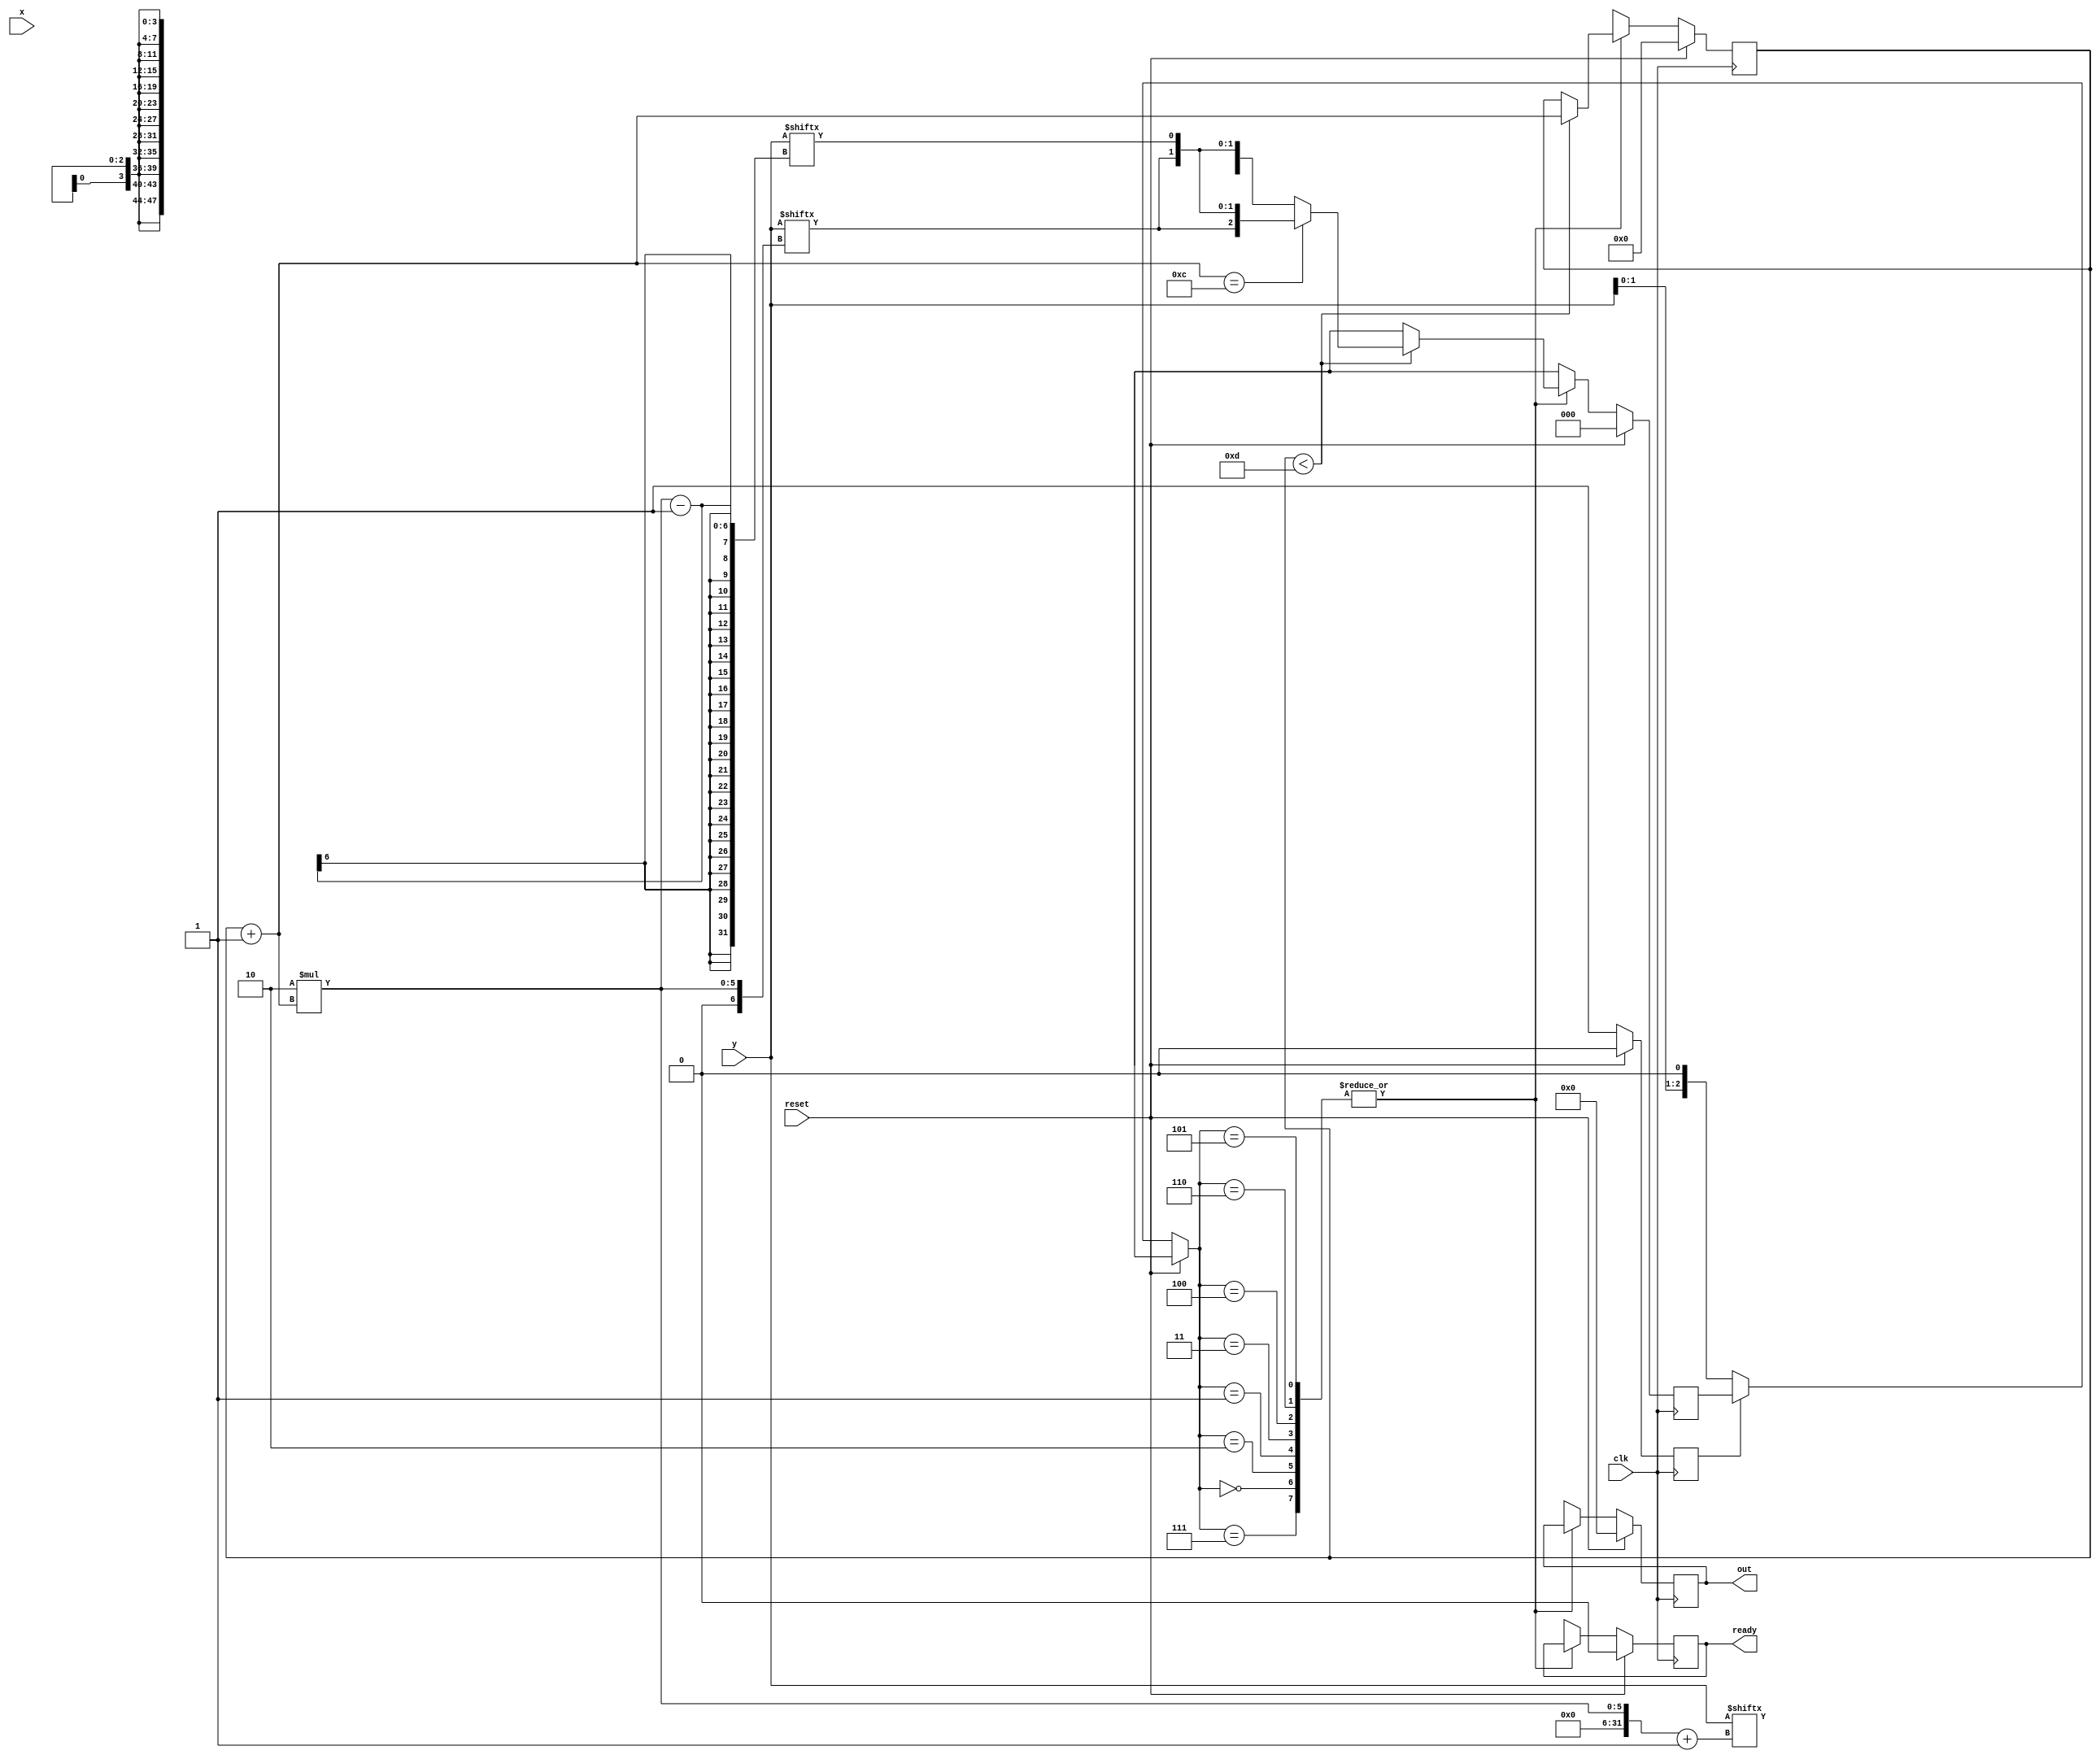
//Booth Multiplier 16-bit
module multiplier24X24 (
input clk,reset,
input  [24:0]x,y,
output reg [47:0] out,output reg ready
);
reg [2:0] c=0 ;

reg   [49:0] pp=0; //partial products
reg   [49:0] spp=0; //shifted partial products
reg   [49:0] prod=0;
reg [3:0] i=0,j=0;
reg flag=0, temp=0 ;
wire [24:0] inv_x ;
//assign x= (~x) +1'b1;
assign inv_x = (~x) +1'b1;
always@(posedge clk)
begin
if(reset)
        begin
          out=0; c=0; pp=0; flag=0; spp=0; i=0; j=0; prod=0; ready=0;
        end
else 
    begin
        if(!flag)
          begin
          c={y[1],y[0],1'b0};
         // y={y[6],y};
          end
          flag=1;
            case(c)
            ////////////////////////
            3'b000,3'b111: 
                    begin
                        if(i<13)
                        begin  i=i+1;
                        if(i==12)
                             c={y[2*i],y[2*i],y[2*i-1]};
                              else
                               c={y[2*i+1],y[2*i],y[2*i-1]}; 
                        end
                        else
                               c=3'bxxx;
                    end
            ////////////////////////////
            3'b001,3'b010:
                begin
                    if(i<13)
                    begin
                        i=i+1;
                         if(i==12)
                             c={y[2*i],y[2*i],y[2*i-1]};
                              else
                            c={y[2*i+1],y[2*i],y[2*i-1]};
                        pp={{25{x[24]}},x};
                        if(i==1'b1)
                            prod=pp;
                        else
                            begin
                                temp=pp[49];
                                j=i-1;
                                j=j<<1;
                                spp=pp<<j;
                                spp={temp,spp[48:0]};
                                prod=prod+spp;
                            end
                    end
                    else 
                        c=3'bxxx;
                end
            ///////////////////////////
            3'b011:
            begin
                if(i<13)
                begin
                    i=i+1;
                     if(i==12)
                             c={y[2*i],y[2*i],y[2*i-1]};
                              else
                         c={y[2*i+1],y[2*i],y[2*i-1]};
                    pp={{24{x[24]}},x,1'b0};
                    if(i==1'b1)
                      prod=pp;
                    else
                        begin
                        temp=pp[49];
                        j=i-1;
                        j=j<<1;
                        spp=pp<<j;
                        spp={temp,spp[47:0]};
                        prod=prod+spp;
                    end
                end
                else 
                  c=3'bxxx;
            end
            ///////////////////////////
            3'b100:
            begin
                if(i<13)
                    begin
                    i=i+1;
                     if(i==12)
                             c={y[2*i],y[2*i],y[2*i-1]};
                              else
                    c={y[2*i+1],y[2*i],y[2*i-1]};
                    pp={{24{inv_x[24]}},inv_x,1'b0};
                        if(i==1'b1)
                          prod=pp;
                        else
                            begin
                                temp=pp[49];
                                j=i-1;
                                j=j<<1;
                                spp=pp<<j;
                                spp={temp,spp[48:0]};
                                prod=prod+spp;
                            end
                    end
                else 
                    c=3'bxxx;
            end
            ////////////////////////////////////
            3'b101, 3'b110:
            begin
                if(i<13)
                begin
                        i=i+1;
                         if(i==12)
                             c={y[2*i],y[2*i],y[2*i-1]};
                              else
                       c={y[2*i+1],y[2*i],y[2*i-1]};
                        pp={{25{inv_x[24]}},inv_x};
                    if(i==1'b1)
                        prod=pp;
                    else
                        begin
                            temp=pp[49];
                            j=i-1;
                            j=j<<1;
                            spp=pp<<j;
                            spp={temp,spp[47:0]};
                            prod=prod+spp;
                        end
                end
                else 
                  c=3'bxxx;
            end
            ////////////////
            default:
            begin
                out= prod[47:0];
                ready=1;
                end
            endcase
    end
end

endmodule